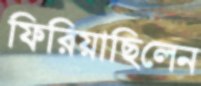
ফিরিয়াছিলেন